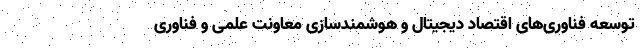
توسعه فناوری‌های اقتصاد دیجیتال و هوشمندسازی معاونت علمی و فناوری